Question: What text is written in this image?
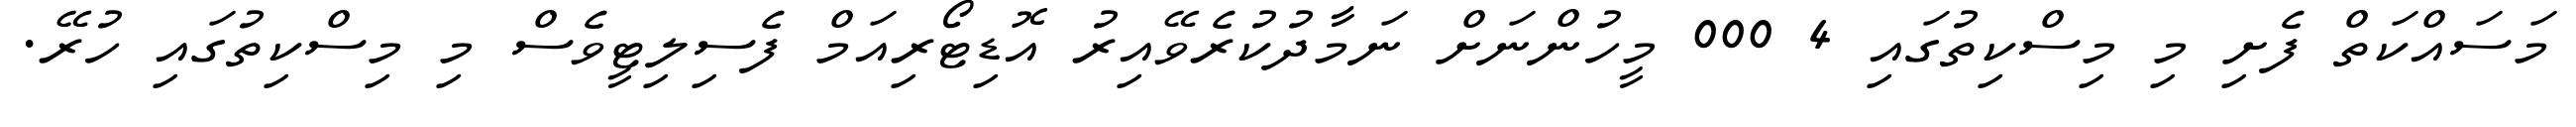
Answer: މަސައްކަތް ފެށި މި މިސްކިތުގައި 4 000 މީހުންނަށް ނަމާދުކުރެވޭއިރު އޮޑިޓޯރިއަމް ފެސިލިޓީވެސް މި މިސްކިތުގައި ހުރޭ.